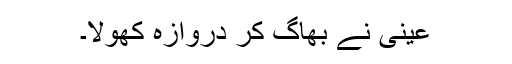
عینی نے بھاگ کر دروازہ کھولا۔